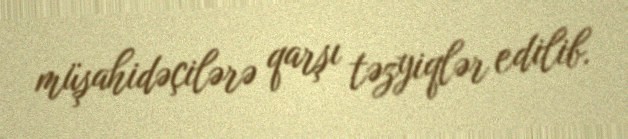
müşahidəçilərə qarşı təzyiqlər edilib.